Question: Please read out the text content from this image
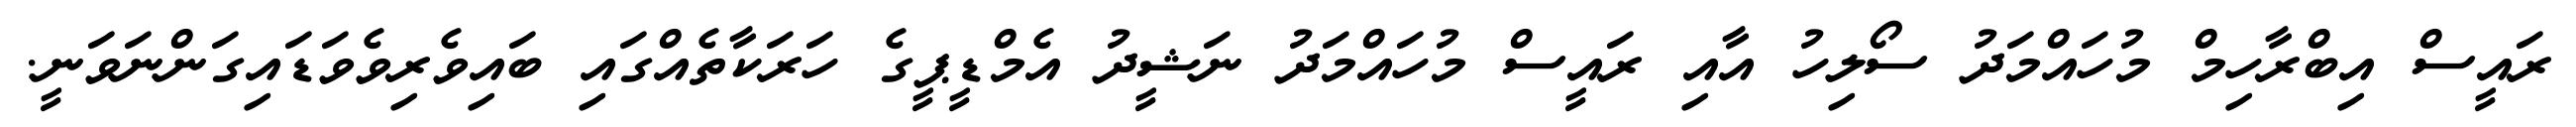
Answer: ރައީސް އިބްރާހިމް މުހައްމަދު ސޯލިހު އާއި ރައީސް މުހައްމަދު ނަޝީދު އެމްޑީޕީގެ ހަރަކާތެއްގައި ބައިވެރިވެވަޑައިގަންނަވަނީ.